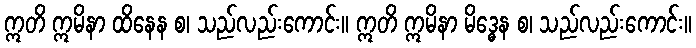
ဣတိ ဣမိနာ ထိနေန စ၊ သည်လည်းကောင်း။ ဣတိ ဣမိနာ မိဒ္ဓေန စ၊ သည်လည်းကောင်း။